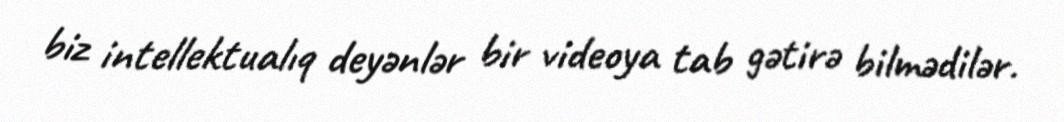
biz intellektualıq deyənlər bir videoya tab gətirə bilmədilər.